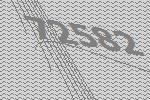
72582